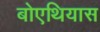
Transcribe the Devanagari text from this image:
बोएथियास